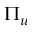
\Pi _ { u }